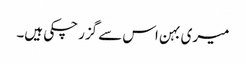
میری بہن اس سے گزر چکی ہیں۔